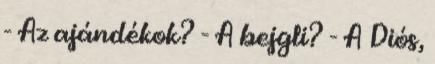
- Az ajándékok? - A bejgli? - A Diós,